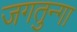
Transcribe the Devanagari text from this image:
जगतुन्गा